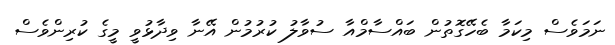
ނަމަވެސް މިކަމާ ބެހޭގޮތުން ބައްސާމްއާ ސުވާލު ކުރުމުން އޭނާ ވިދާޅުވީ މީގެ ކުރިންވެސް